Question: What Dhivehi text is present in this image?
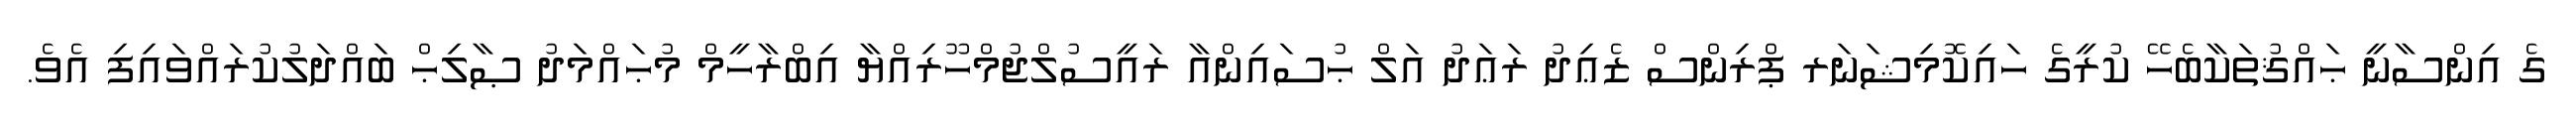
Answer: ގެ އިންސާނީ ޙައްޤުތަކާބެހޭ ކުރީގެ ހައިކޮމިޝަނަރ ޕްރިންސް ޒެޢިދު ރަޢަދު އަލް ޙުސައިންއާ ރައީސުލްޖުމްހޫރިއްޔާ އިބްރާހީމް މުޙައްމަދު ޞާލިޙް ބައްދަލުކުރައްވައިފި އެވެ.